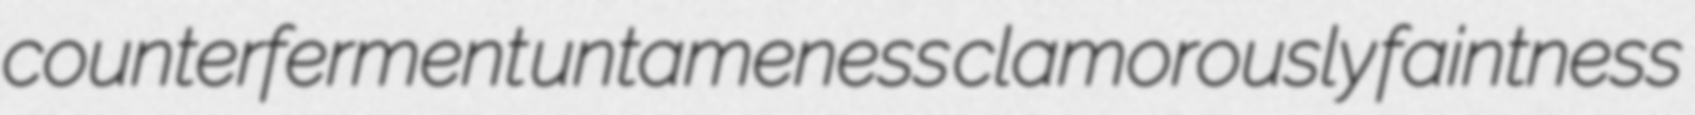
counterferment untameness clamorously faintness